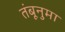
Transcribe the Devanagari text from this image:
तंबूनुमा